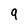
Character: 9